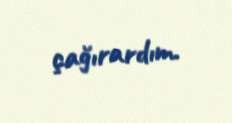
çağırardım.